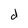
Character: d